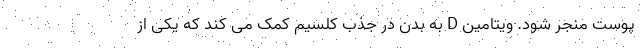
پوست منجر شود. ویتامین D به بدن در جذب کلسیم کمک می کند که یکی از